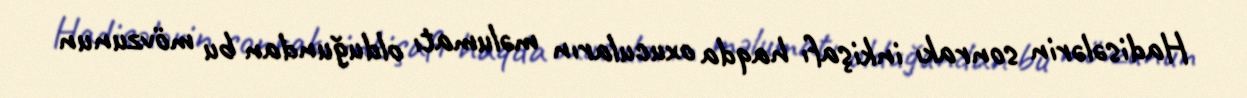
Hadisələrin sonrakı inkişafı haqda oxucuların məlumatı olduğundan bu mövzunun